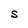
Character: S